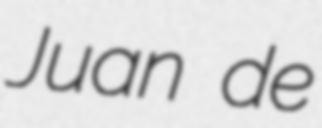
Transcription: Juan de